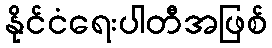
နိုင်ငံရေးပါတီအဖြစ်